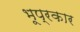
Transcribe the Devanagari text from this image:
भूप्रकार